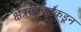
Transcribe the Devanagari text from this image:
क्षेत्ररक्षकांकडून